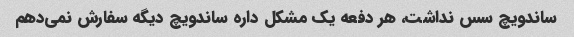
ساندویچ سس نداشت، هر دفعه یک مشکل داره ساندویچ دیگه سفارش نمی‌دهم